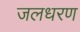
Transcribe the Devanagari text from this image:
जलधरण